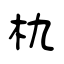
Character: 朹